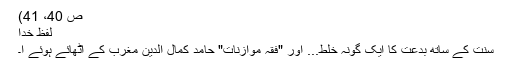
ص 40، 41)
لفظ خدا
سنت کے ساتھ بدعت کا ایک گونہ خلط... اور "فقہِ موازنات" حامد کمال الدین مغرب کے اٹھائے ہوئے ا۔